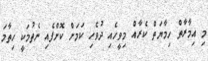
މި އިމާރާތް ހިމާޔަތް ކެރާއް މިވީހެއި ދުވެހި ކަމަށް ކޮށްފެއި ނެތުމަކީ ހިތާމަ